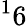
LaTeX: ^16